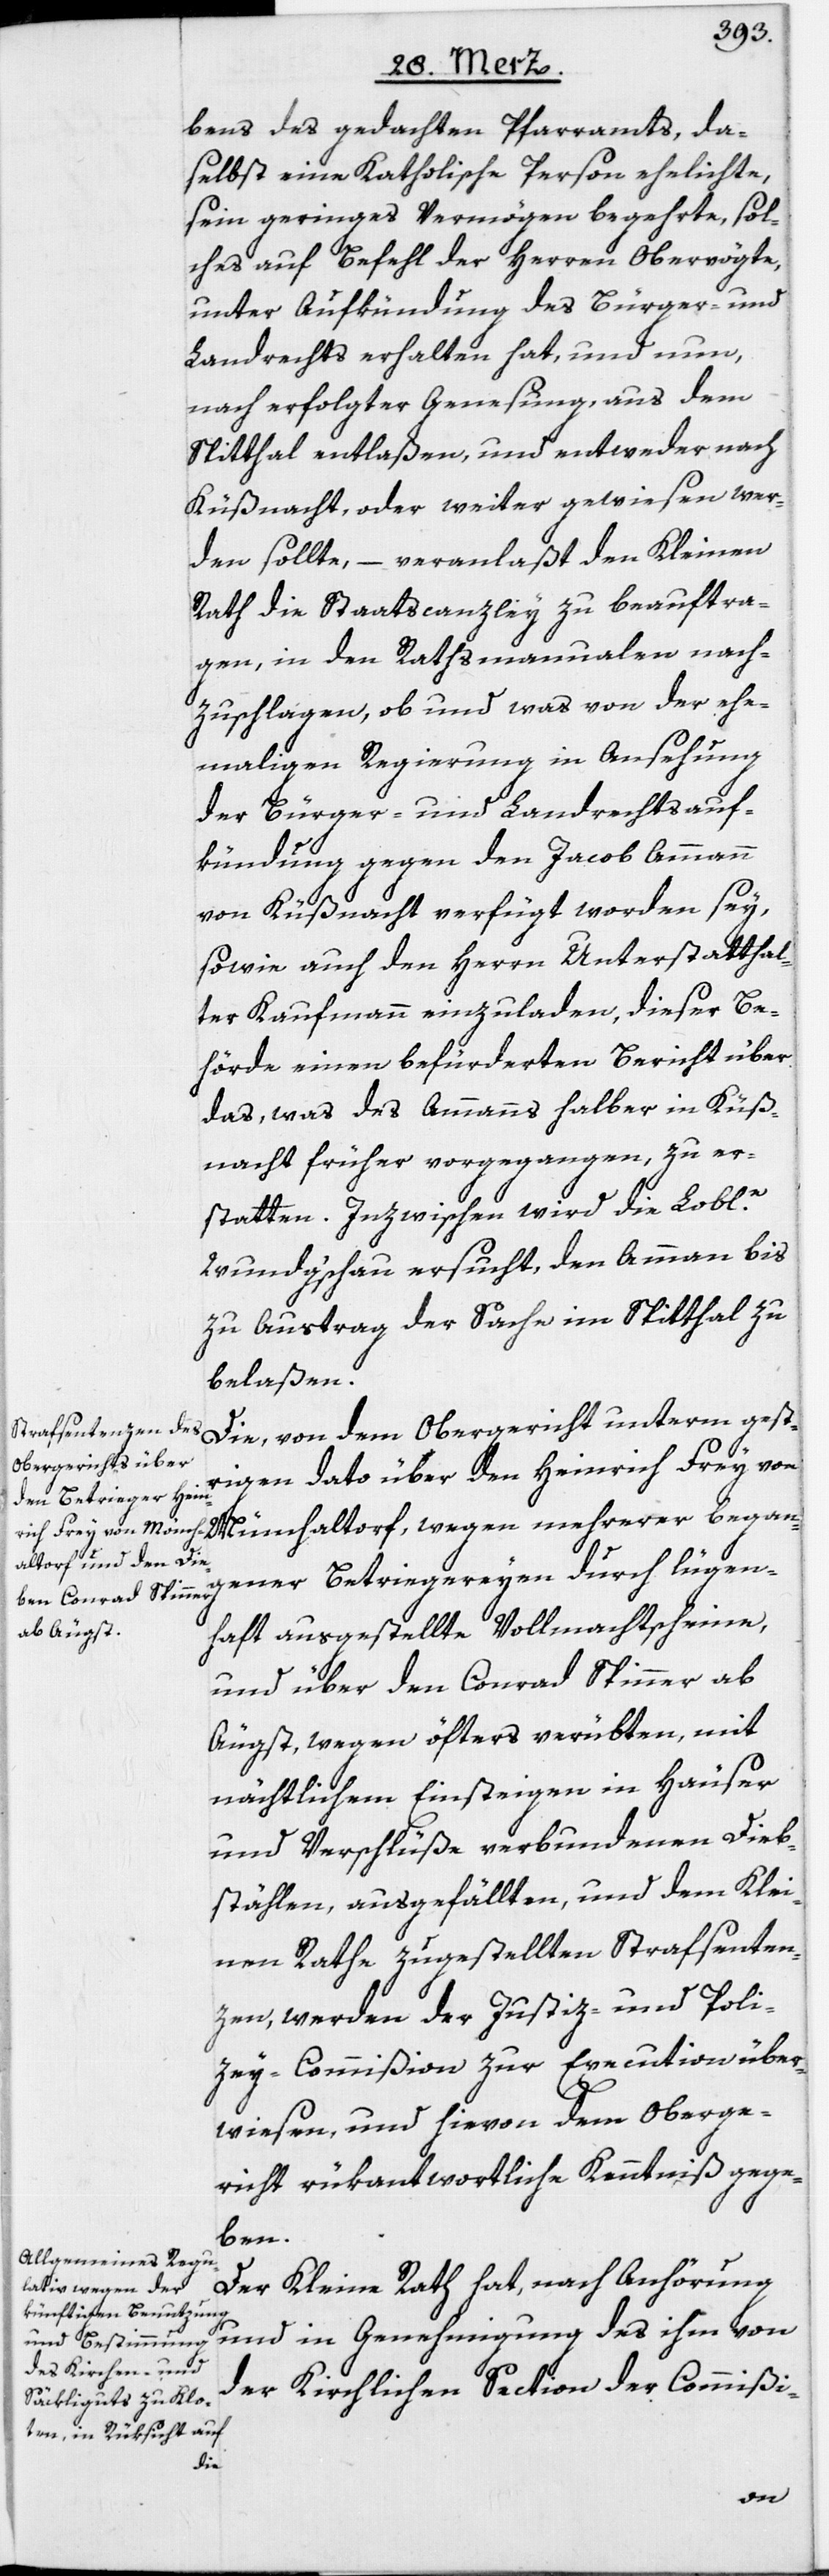
bens des gedachten Pfarramts, da¬
selbst eine Katholische Person ehelichte,
sein geringes Vermögen begehrte, sol¬
ches auf Befehl der Herren Obervögte,
unter Aufkündung des Bürger- und
Landrechts erhalten hat, und nun,
nach erfolgter Genesung, aus dem
Spitthal entlaßen, und entweder nach
Küßnacht, oder weiter gewiesen wer¬
den sollte, – veranlaßt den Kleinen
Rath die Staatscanzley zu beauftra¬
gen, in den Rathsmanualen nach¬
zuschlagen, ob und was von der ehe¬
maligen Regierung in Ansehung
der Bürger- und Landrechtsauf¬
kündung gegen den Jacob Ammann
von Küßnacht verfügt worden sey,
sowie auch den Herrn Unterstatthal¬
ter Kaufmann einzuladen, dieser Be¬
hörde einen befürderten Bericht über
das, was des Ammanns halber in Küß¬
nacht früher vorgegangen, zu er¬
statten. Inzwischen wird die Loble.
Wundg‘schau ersucht, den Ammann bis
zu Austrag der Sache im Spitthal zu
belaßen.
Die, von dem Obergericht unterm gest¬
rigen Dato über den Heinrich Frey von
Münchaltorf, wegen mehrerer began¬
gener Betriegereyen durch lügen¬
haft ausgestellte Vollmachtscheine,
und über den Conrad Spinner ab
Äugst, wegen öfters verübten, mit
nächtlichem Einsteigen in Häuser
und Verschlüße verbundenen Dieb¬
stählen, ausgefällten, und dem Klei¬
nen Rathe zugestellten Strafsenten¬
zen, werden der Justiz- und Poli¬
zey-Commißion zur Execution über¬
wiesen, und hievon dem Oberge¬
richt rükantwortliche Kenntniß gege¬
ben.
Der Kleine Rath hat, nach Anhörung
und in Genehmigung des ihm von
der Kirchlichen Section der Commißi-